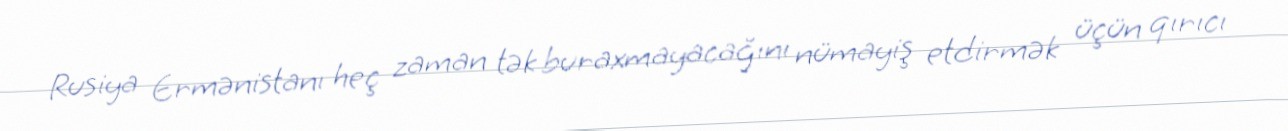
Rusiya Ermənistanı heç zaman tək buraxmayacağını nümayiş etdirmək üçün qırıcı